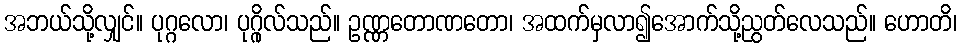
အဘယ်သို့လျှင်။ ပုဂ္ဂလော၊ ပုဂ္ဂိုလ်သည်။ ဥဏ္ဏတောဏတော၊ အထက်မှလာ၍အောက်သို့ညွတ်လေသည်။ ဟောတိ၊